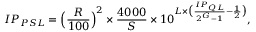
I P _ { P S L } = \Big ( \frac { R } { 1 0 0 } \Big ) ^ { 2 } \times \frac { 4 0 0 0 } { S } \times 1 0 ^ { L \times \big ( \frac { I P _ { Q L } } { 2 ^ { G } - 1 } - \frac { 1 } { 2 } \big ) } ,